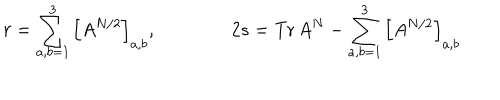
LaTeX: r = \sum _ { a , b = 1 } ^ { 3 } \left[ A ^ { N / 2 } \right] _ { a , b } , \qquad \qquad 2 s = \mathrm { T r } \, A ^ { N } - \sum _ { a , b = 1 } ^ { 3 } \left[ A ^ { N / 2 } \right] _ { a , b }